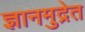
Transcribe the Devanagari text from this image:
ज्ञानमुद्रेत